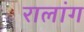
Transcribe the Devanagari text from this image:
रालांग